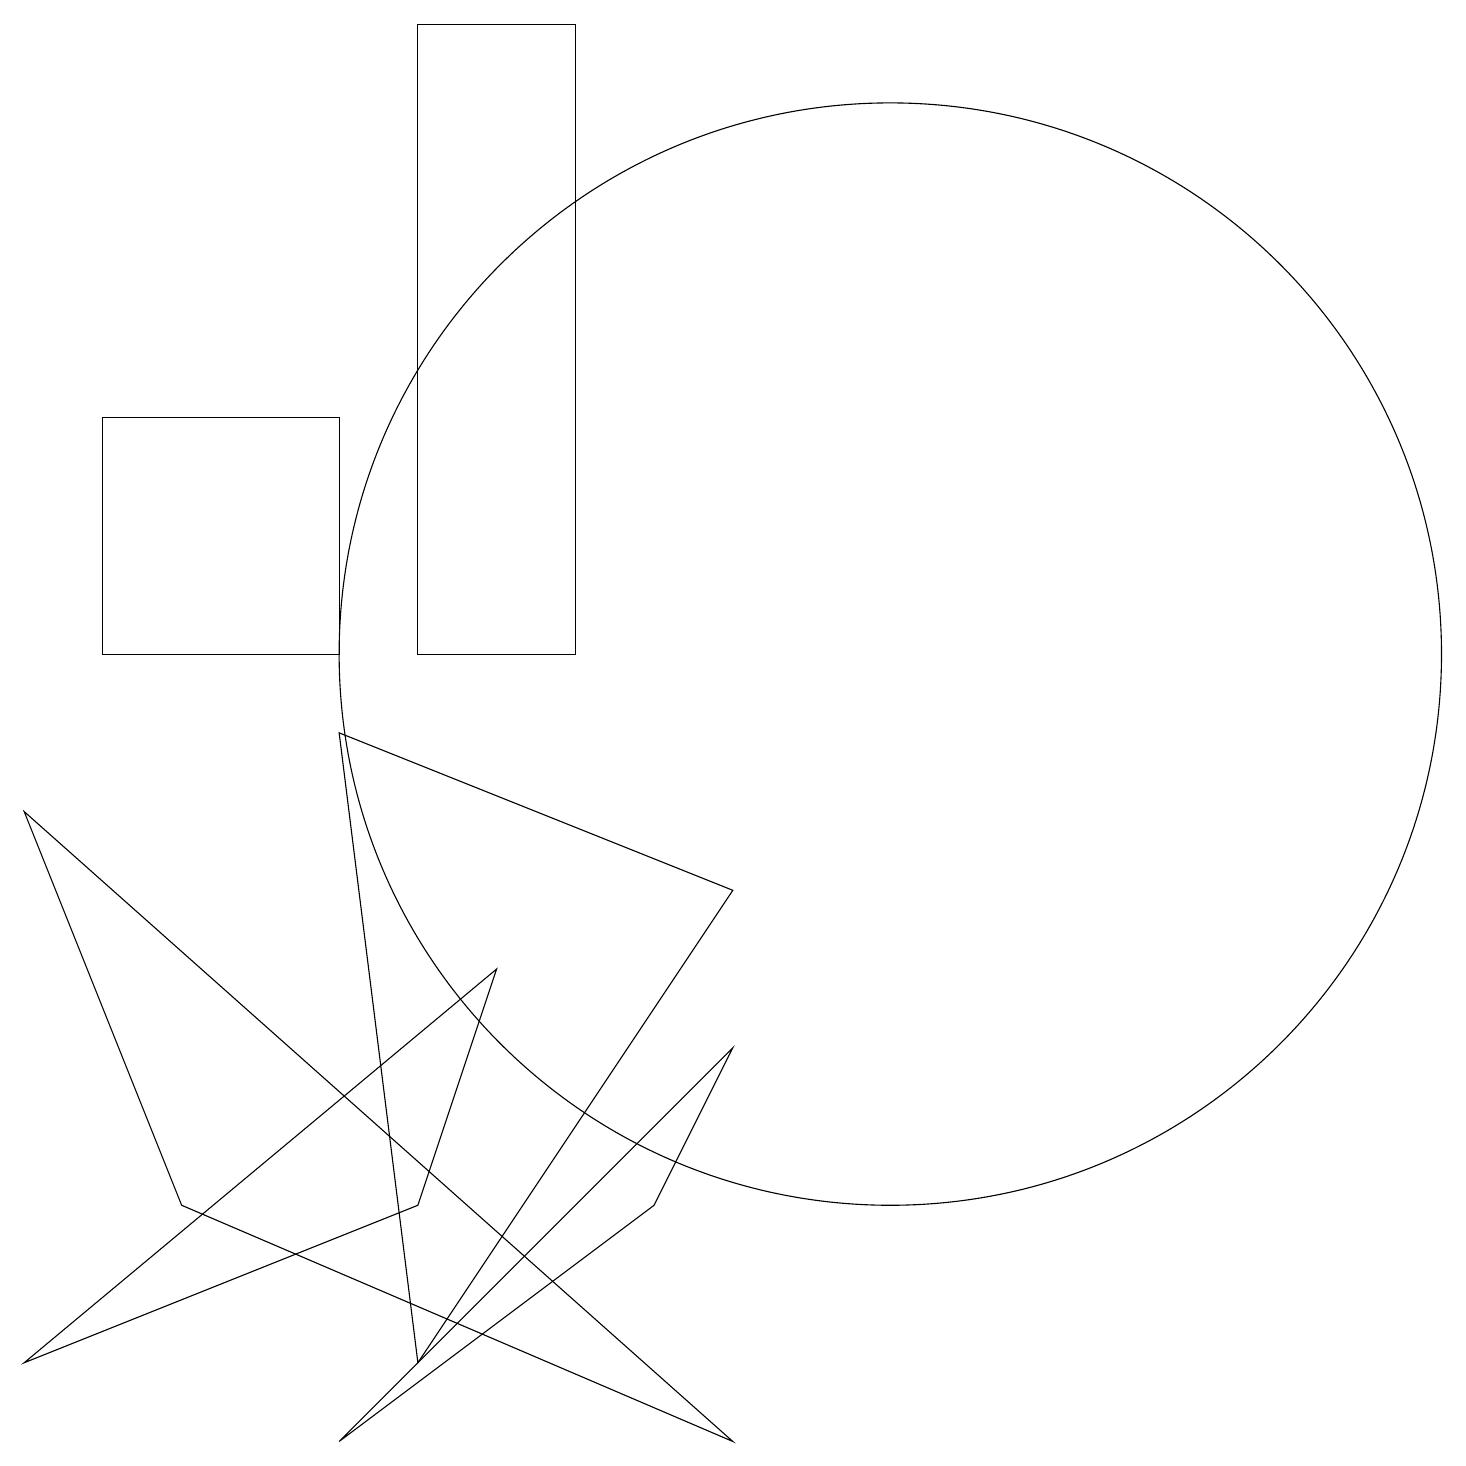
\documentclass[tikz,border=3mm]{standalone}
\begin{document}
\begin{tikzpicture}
\draw (4,9) -- (5,1) -- (9,7) -- cycle;
\draw (1,10) rectangle (4,13);
\draw (4,0) -- (9,5) -- (8,3) -- cycle;
\draw (0,1) -- (6,6) -- (5,3) -- cycle;
\draw (5,18) rectangle (7,10);
\draw (9,0) -- (2,3) -- (0,8) -- cycle;
\draw (11,10) circle (7);
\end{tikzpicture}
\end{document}